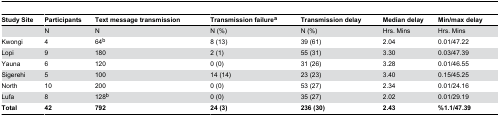
| Study Site | Participants | Text message transmission | Transmission failurea | Transmission delay | Median delay | Min/max delay |
 | --- | --- | --- | --- | --- | --- | --- |
 |  | N | N | N (%) | N (%) | Hrs. Mins | Hrs. Mins |
 | Kwongi | 4 | 64b | 8 (13) | 39 (61) | 2.04 | 0.01/47.22 |
 | Lopi | 9 | 180 | 2 (1) | 55 (31) | 3.30 | 0.03/47.39 |
 | Yauna | 6 | 120 | 0 (0) | 31 (26) | 3.28 | 0.01/46.55 |
 | Sigerehi | 5 | 100 | 14 (14) | 23 (23) | 3.40 | 0.15/45.25 |
 | North | 10 | 200 | 0 (0) | 53 (27) | 2.34 | 0.01/24.16 |
 | Lufa | 8 | 128b | 0 (0) | 35 (27) | 2.02 | 0.01/29.19 |
 | Total | 42 | 792 | 24 (3) | 236 (30) | 2.43 | %1.1/47.39 |